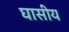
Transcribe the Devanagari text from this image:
घासीय